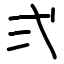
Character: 弍